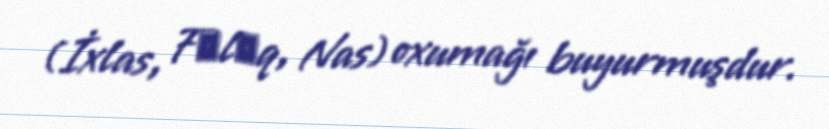
(İxlas, Fәlәq, Nas) oxumağı buyurmuşdur.